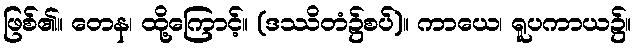
ဖြစ်၏။ တေန၊ ထို့ကြောင့်။ (ဒဿိတံ၌စပ်)။ ကာယေ၊ ရူပကာယ၌။